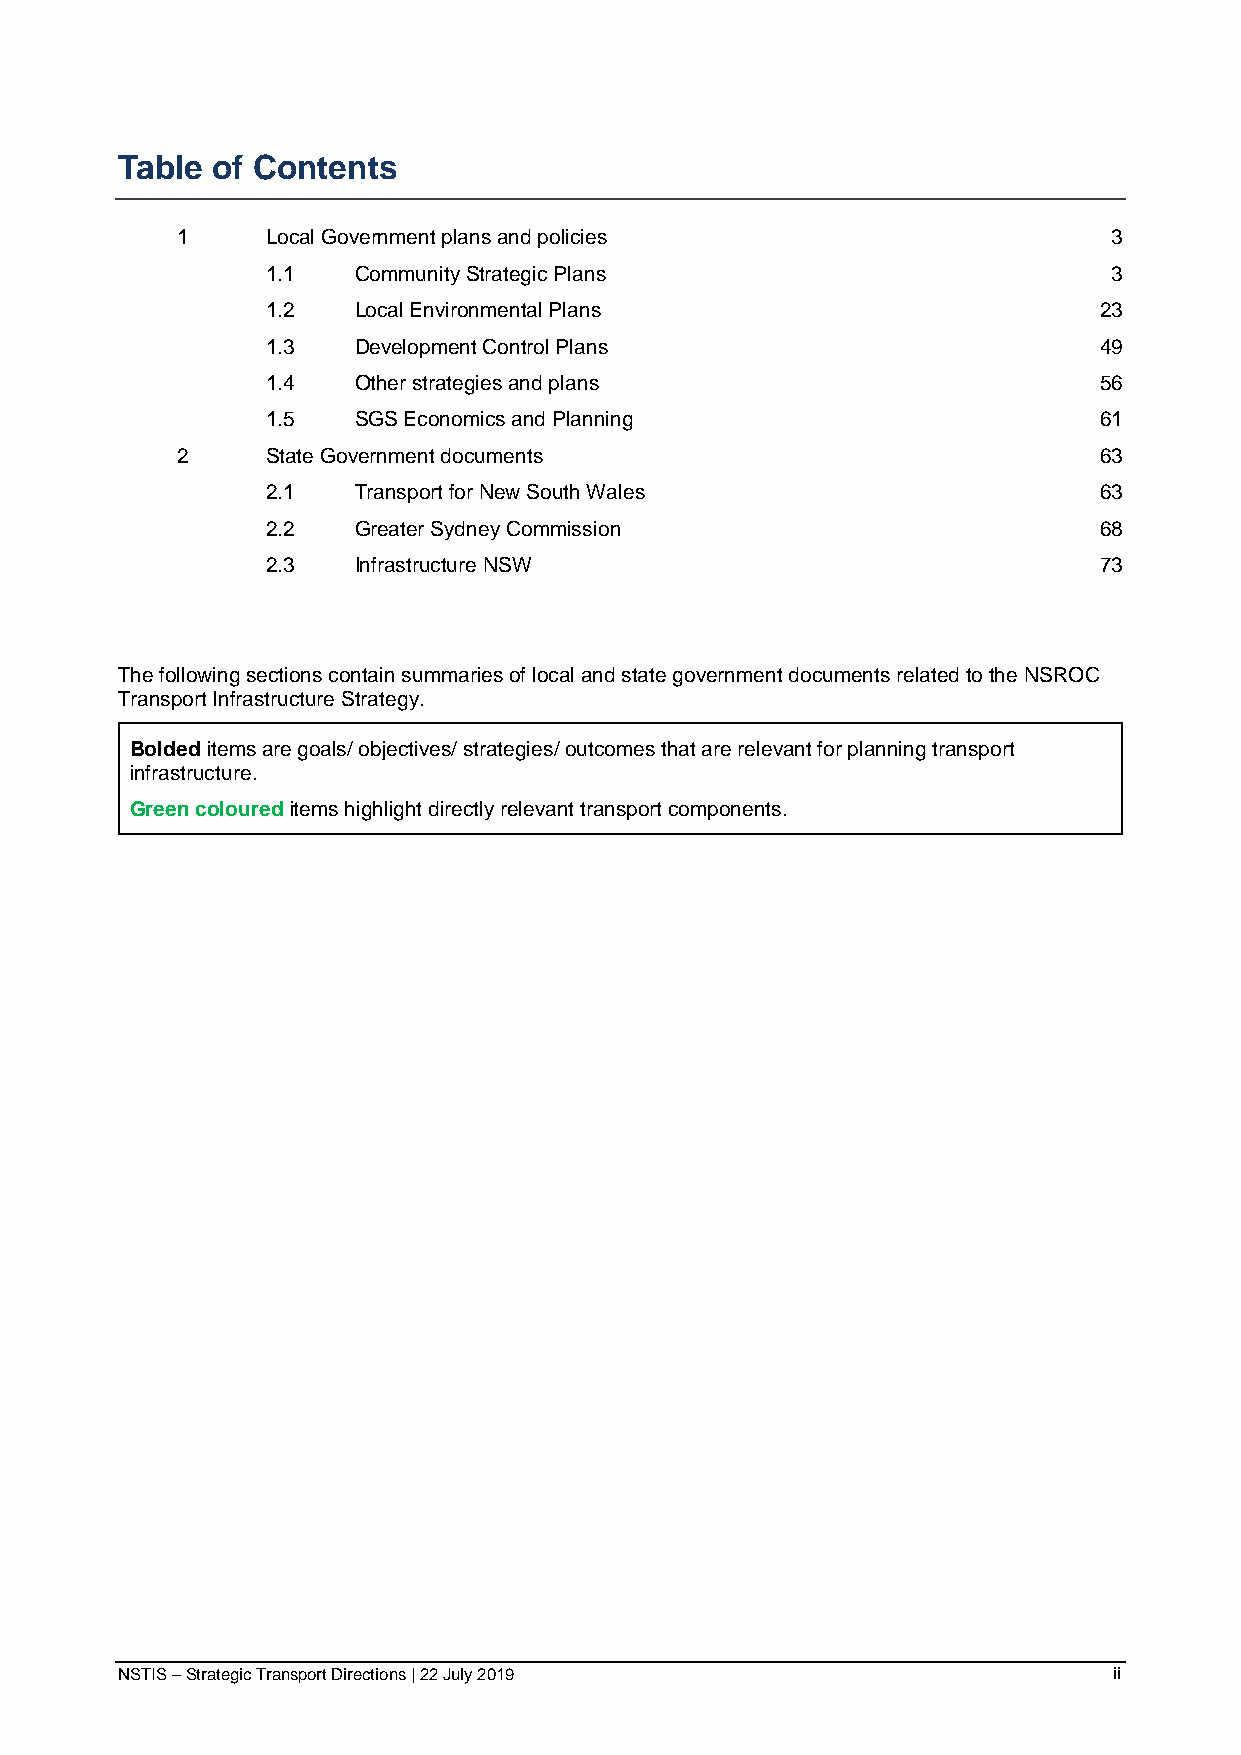
Table of Contents
 1     Local Government plans and policies                     3
 1.1  Community Strategic Plans                          3
 1.2  Local Environmental Plans                         23
 1.3  Development Control Plans                         49
 1.4  Other strategies and plans                        56
 1.5  SGS Economics and Planning                        61
 2     State Government documents                             63
 2.1  Transport for New South Wales                     63
 2.2  Greater Sydney Commission                         68
 2.3  Infrastructure NSW                                73
 The following sections contain summaries of local and state government documents related to the NSROC
 Transport Infrastructure Strategy.
 Bolded items are goals/ objectives/ strategies/ outcomes that are relevant for planning transport
 infrastructure.
 Green coloured items highlight directly relevant transport components.
 NSTIS – Strategic Transport Directions | 22 July 2019             ii